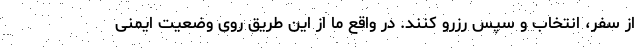
از سفر، انتخاب و سپس رزرو کنند. در واقع ما از این طریق روی وضعیت ایمنی